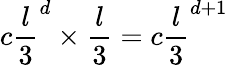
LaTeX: c\frac{l}{3}^{d}\times\frac{l}{3}=c\frac{l}{3}^{d+1}